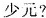
少元?